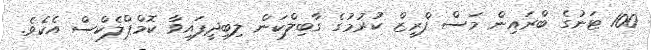
100 ޓަނުގެ ބްރައިން މަސް ފްރީޒް ކުރުމުގެ ގާބިލްކަން ލިބިދީފައިވާ ކޮމްޕްލެކްސް އެކެވެ.